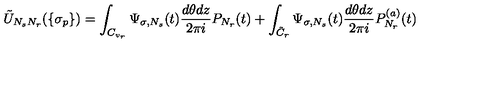
\tilde { U } _ { N _ { s } N _ { r } } ( \{ \sigma _ { p } \} ) = \int _ { C _ { v _ { r } } } \Psi _ { \sigma , N _ { s } } ( t ) \frac { d \theta d z } { 2 \pi i } P _ { N _ { r } } ( t ) + \int _ { \tilde { C } _ { r } } \Psi _ { \sigma , N _ { s } } ( t ) \frac { d \theta d z } { 2 \pi i } P _ { N _ { r } } ^ { ( a ) } ( t )